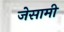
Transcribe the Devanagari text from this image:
जेसामी